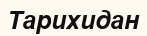
Тарихидан